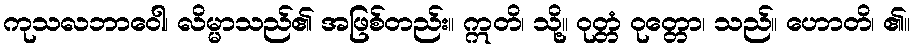
ကုသလဘာဝေါ၊ လိမ္မာသည်၏ အဖြစ်တည်း။ ဣတိ၊ သို့။ ဝုတ္တံ ဝုတ္တော၊ သည်။ ဟောတိ၊ ၏။